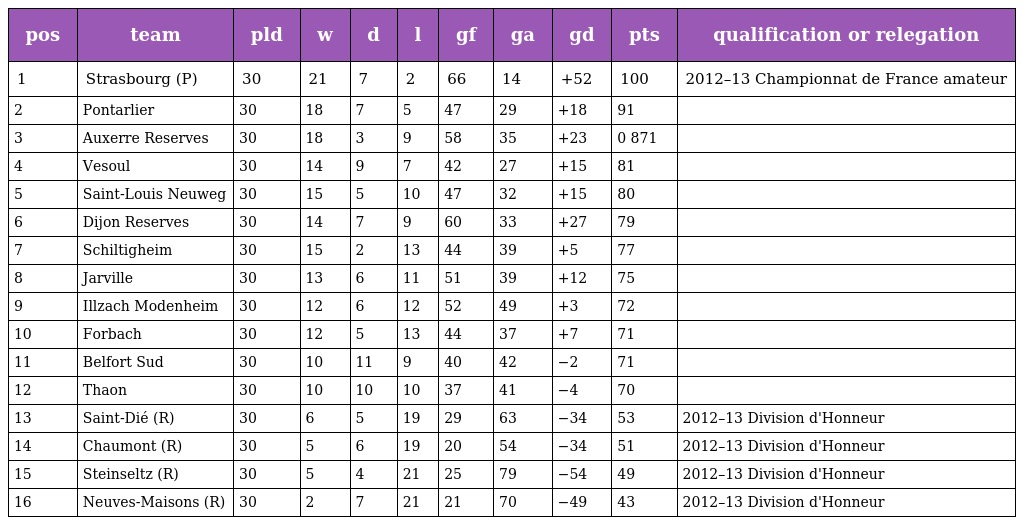
| pos | team | pld | w | d | l | gf | ga | gd | pts | qualification or relegation |
 | --- | --- | --- | --- | --- | --- | --- | --- | --- | --- | --- |
 | 1 | Strasbourg (P) | 30 | 21 | 7 | 2 | 66 | 14 | +52 | 100 | 2012–13 Championnat de France amateur |
 | 2 | Pontarlier | 30 | 18 | 7 | 5 | 47 | 29 | +18 | 91 |  |
 | 3 | Auxerre Reserves | 30 | 18 | 3 | 9 | 58 | 35 | +23 | 0 871 |  |
 | 4 | Vesoul | 30 | 14 | 9 | 7 | 42 | 27 | +15 | 81 |  |
 | 5 | Saint-Louis Neuweg | 30 | 15 | 5 | 10 | 47 | 32 | +15 | 80 |  |
 | 6 | Dijon Reserves | 30 | 14 | 7 | 9 | 60 | 33 | +27 | 79 |  |
 | 7 | Schiltigheim | 30 | 15 | 2 | 13 | 44 | 39 | +5 | 77 |  |
 | 8 | Jarville | 30 | 13 | 6 | 11 | 51 | 39 | +12 | 75 |  |
 | 9 | Illzach Modenheim | 30 | 12 | 6 | 12 | 52 | 49 | +3 | 72 |  |
 | 10 | Forbach | 30 | 12 | 5 | 13 | 44 | 37 | +7 | 71 |  |
 | 11 | Belfort Sud | 30 | 10 | 11 | 9 | 40 | 42 | −2 | 71 |  |
 | 12 | Thaon | 30 | 10 | 10 | 10 | 37 | 41 | −4 | 70 |  |
 | 13 | Saint-Dié (R) | 30 | 6 | 5 | 19 | 29 | 63 | −34 | 53 | 2012–13 Division d'Honneur |
 | 14 | Chaumont (R) | 30 | 5 | 6 | 19 | 20 | 54 | −34 | 51 | 2012–13 Division d'Honneur |
 | 15 | Steinseltz (R) | 30 | 5 | 4 | 21 | 25 | 79 | −54 | 49 | 2012–13 Division d'Honneur |
 | 16 | Neuves-Maisons (R) | 30 | 2 | 7 | 21 | 21 | 70 | −49 | 43 | 2012–13 Division d'Honneur |